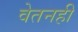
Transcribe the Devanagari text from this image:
वेतनही